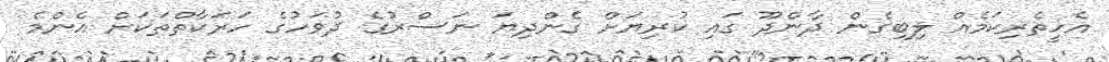
އެހީތެރިކަމެއް ލިބިގެން ދާންދޫ ގައި ކުރިޔަށް ގެންދިޔަ ނަސްރުގެ ދުވަހުގެ ހަރަކާތްތަކަށް އެންމެ